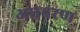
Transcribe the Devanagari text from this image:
आाचरण